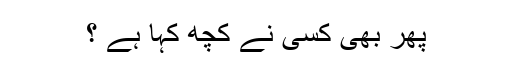
پھر بھی کسی نے کچھ کہا ہے ؟